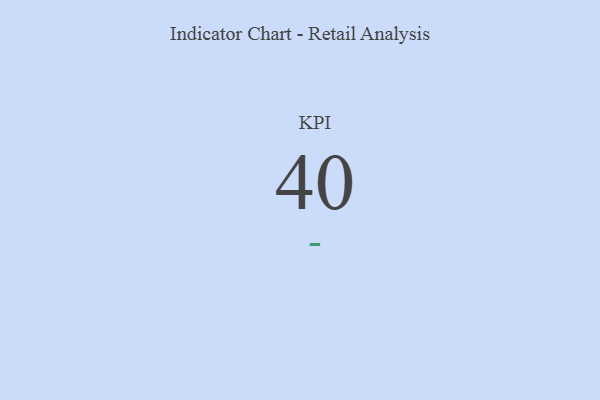
{"axis": {"x": "KPI", "y": "Value"}, "legend": [""], "data": [{"x": "KPI", "y": 40, "type": ""}]}